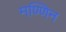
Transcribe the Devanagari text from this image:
मण्णिन